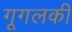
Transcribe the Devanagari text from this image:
गूगलकी